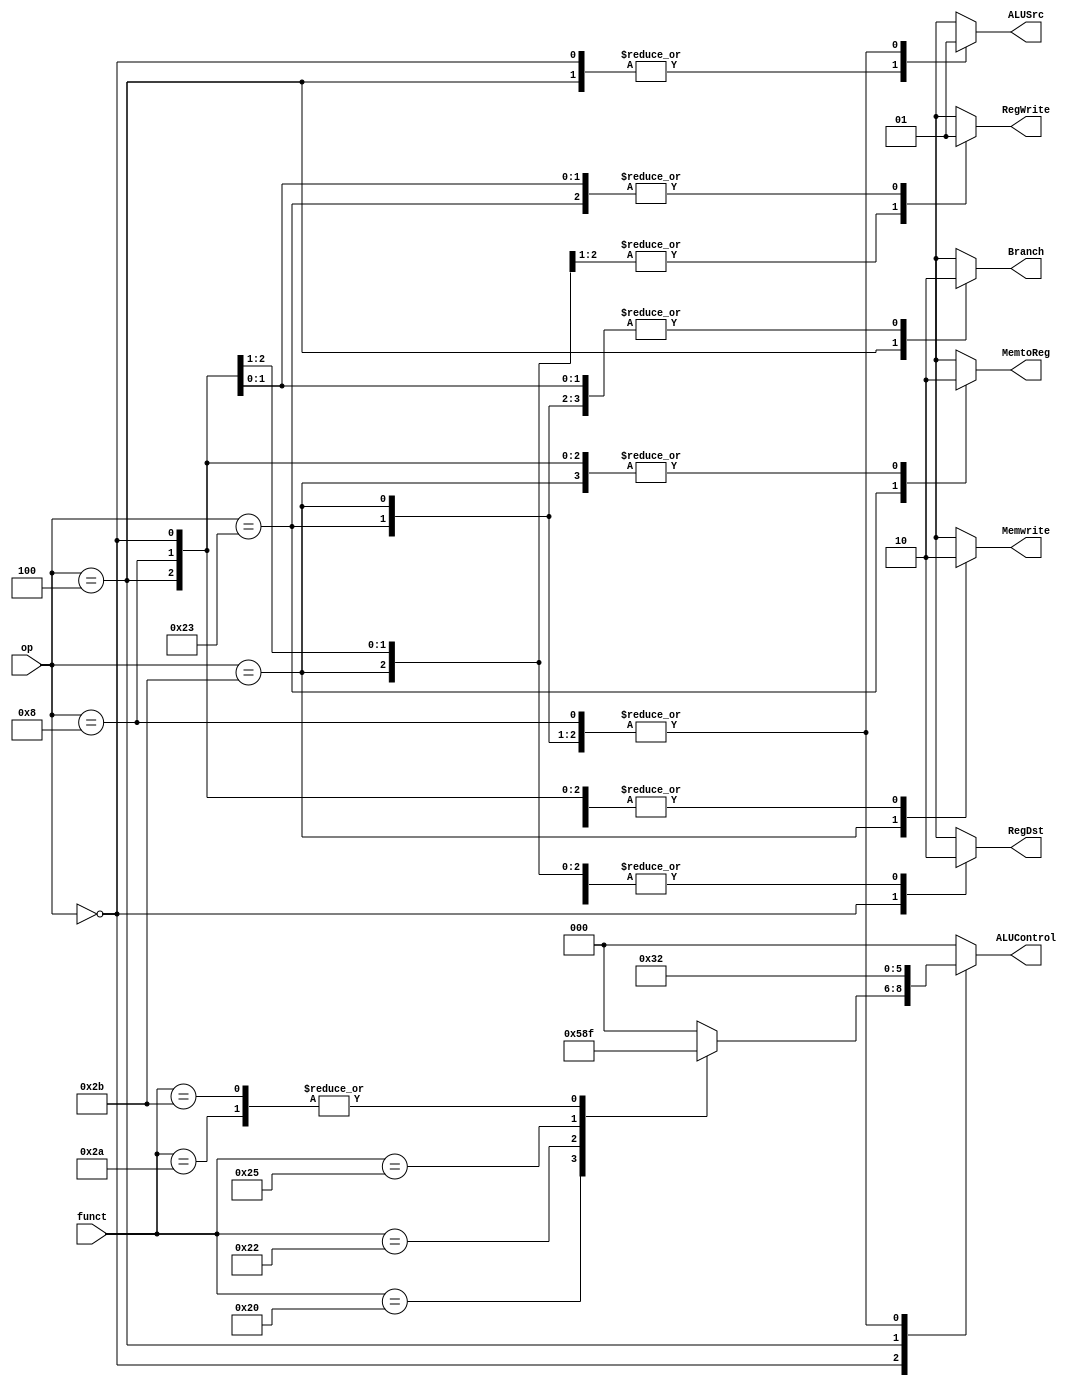
`timescale 1ns / 1ps
module Control_Unit(
    input [5:0] op, 
    input [5:0] funct,
    output reg MemtoReg, 
    output reg Memwrite, 
    //output reg MemRead, 
    output reg Branch,
    output reg ALUSrc, 
    output reg RegDst, 
    output reg RegWrite, 
    output reg [2:0] ALUControl
);
always@(*) begin
    case(op)
        6'b000000: begin//R-type 
            RegWrite = 1'b1;
            RegDst = 1'b1;
            ALUSrc = 1'b0;
            Branch = 1'b0;
            Memwrite = 1'b0;
            //MemRead = 1'b0;
            MemtoReg = 1'b0;
            case(funct)
                    6'b100000: ALUControl = 3'b010; // Add for R-type
                    6'b100010: ALUControl = 3'b110; // Subtract for R-type
                    6'b100100: ALUControl = 3'b000; // AND for R-type
                    6'b100101: ALUControl = 3'b001; // OR for R-type
                    6'b101010: ALUControl = 3'b111; // Set Less Than for R-type
                    6'b101011: ALUControl = 3'b111; // Set Less Than Unsigned for R-type
                    default: ALUControl = 3'b000;   // Default operation
                endcase 
        end
        6'b100011: begin //lw
            RegWrite = 1'b1;
            RegDst = 1'b0;
            ALUSrc = 1'b1;
            Branch = 1'b0;
            Memwrite = 1'b0;
            //MemRead = 1'b1;
            MemtoReg = 1'b1;
            ALUControl = 3'b010;
        end
        // 6'b101011: begin //sw
        //     RegWrite = 1'b0;
        //     RegDst = 1'bx;
        //     ALUSrc = 1'b1;
        //     Branch = 1'b0;
        //     Memwrite = 1'b1;
        //     MemRead = 1'b0;
        //     MemtoReg = 1'bx;
        //     ALUOp = 2'b00;
        // end
        6'b101011: begin //sw
            RegWrite = 1'b0;
            RegDst = 1'b0;
            ALUSrc = 1'b1;
            Branch = 1'b0;
            Memwrite = 1'b1;
            //MemRead = 1'b0;
            MemtoReg = 1'b0;
            ALUControl = 3'b010;
        end
        6'b000100: begin //beq
            RegWrite = 1'b0;
            RegDst = 1'b0;
            ALUSrc = 1'b0;
            Branch = 1'b1;
            Memwrite = 1'b0;
            //MemRead = 1'b0;
            MemtoReg = 1'b0;
            ALUControl = 3'b110; 
        end
        6'b001000: begin // addi
        RegWrite = 1'b1;
        RegDst = 1'b0;
        ALUSrc = 1'b1;
        Branch = 1'b0;
        Memwrite = 1'b0;
        //MemRead = 1'b0;
        MemtoReg = 1'b0;
        ALUControl = 3'b010;
         end
        // 6'b000100: begin //beq
        //     RegWrite = 1'b0;
        //     RegDst = 1'bx;
        //     ALUSrc = 1'b0;
        //     Branch = 1'b1;
        //     Memwrite = 1'b0;
        //     MemRead = 1'b0;
        //     MemtoReg = 1'bx;
        //     ALUOp = 2'b01;
        // end
        default:begin
            RegWrite = 1'bx;
            RegDst = 1'bx;
            ALUSrc = 1'bx;
            Branch = 1'bx;
            Memwrite = 1'bx;
            //MemRead = 1'bx;
            MemtoReg = 1'bx;
            ALUControl = 3'b000;
        end
    endcase
end

endmodule